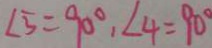
\angle 5 = 9 0 ^ { \circ } , \angle 4 = 9 0 ^ { \circ }